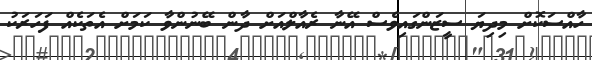
ހާއްސަކޮށް މިދިޔަ ސީޒަންގައިވެސް އޭނާ ރެއާލްއަށް ދާން ބޭނުންވާ ކަމަށް އެތަކެއް ފަހަރަކު